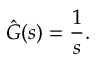
{ \hat { G } } ( s ) = { \frac { 1 } { s } } .